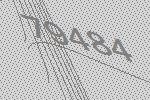
79484